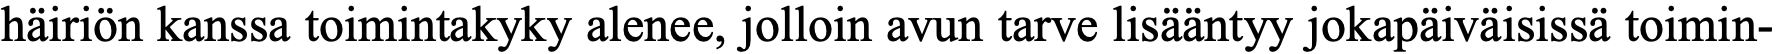
häiriön kanssa toimintakyky alenee, jolloin avun tarve lisääntyy jokapäiväisissä toimin-